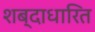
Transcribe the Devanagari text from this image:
शब्दाधारित